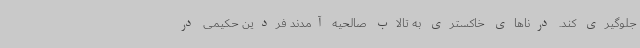
جلوگیری کند. درناهای خاکستری به تالاب صالحیه آمدند فردین حکیمی در